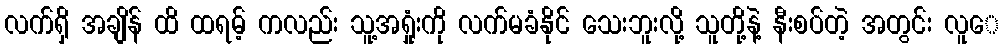
လက်ရှိ အချိန် ထိ ထရမ့် ကလည်း သူ့အရှုံးကို လက်မခံနိုင် သေးဘူးလို့ သူတို့နဲ့ နီးစပ်တဲ့ အတွင်း လူေ